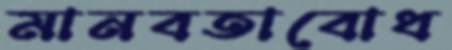
মানবতাবোধ